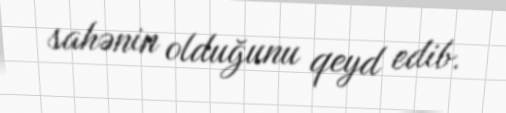
sahənin olduğunu qeyd edib.